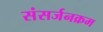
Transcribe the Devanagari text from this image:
संसर्जनक्रम